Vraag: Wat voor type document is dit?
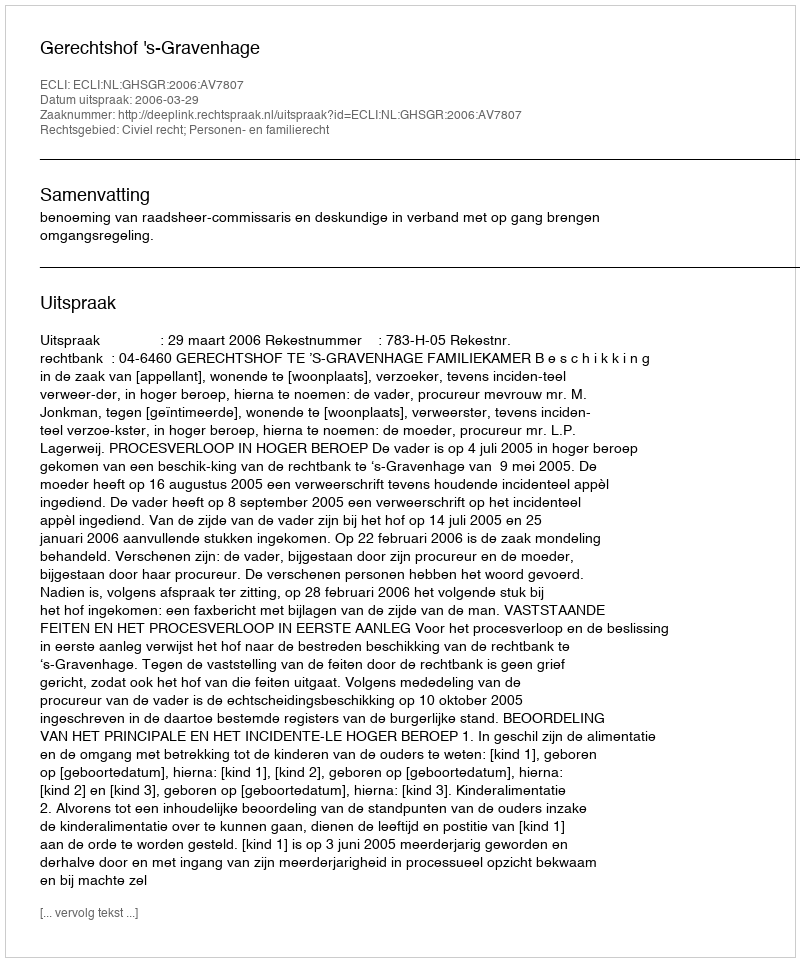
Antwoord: Uitspraak